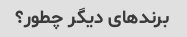
برندهای دیگر چطور؟